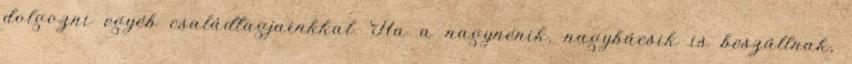
dolgozni egyéb családtagjainkkal. Ha a nagynénik, nagybácsik is beszállnak,